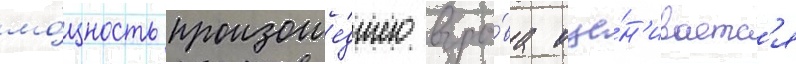
мо́щность произоше́дшего взры́ва оце́н'иваетс'я